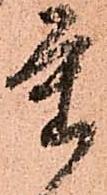
重